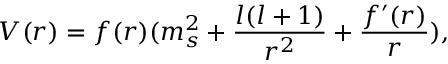
V ( r ) = f ( r ) ( m _ { s } ^ { 2 } + \frac { l ( l + 1 ) } { r ^ { 2 } } + \frac { f ^ { \prime } ( r ) } { r } ) ,